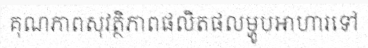
គុណភាពសុវត្ថិភាពផលិតផលម្ហូបអាហារទៅ